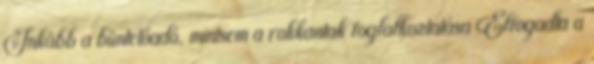
Inkább a büntetőadó, mintsem a rokkantak foglalkoztatása Elfogadta a